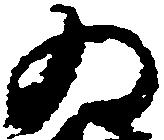
為